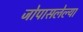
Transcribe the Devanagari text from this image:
जोपासलेल्या